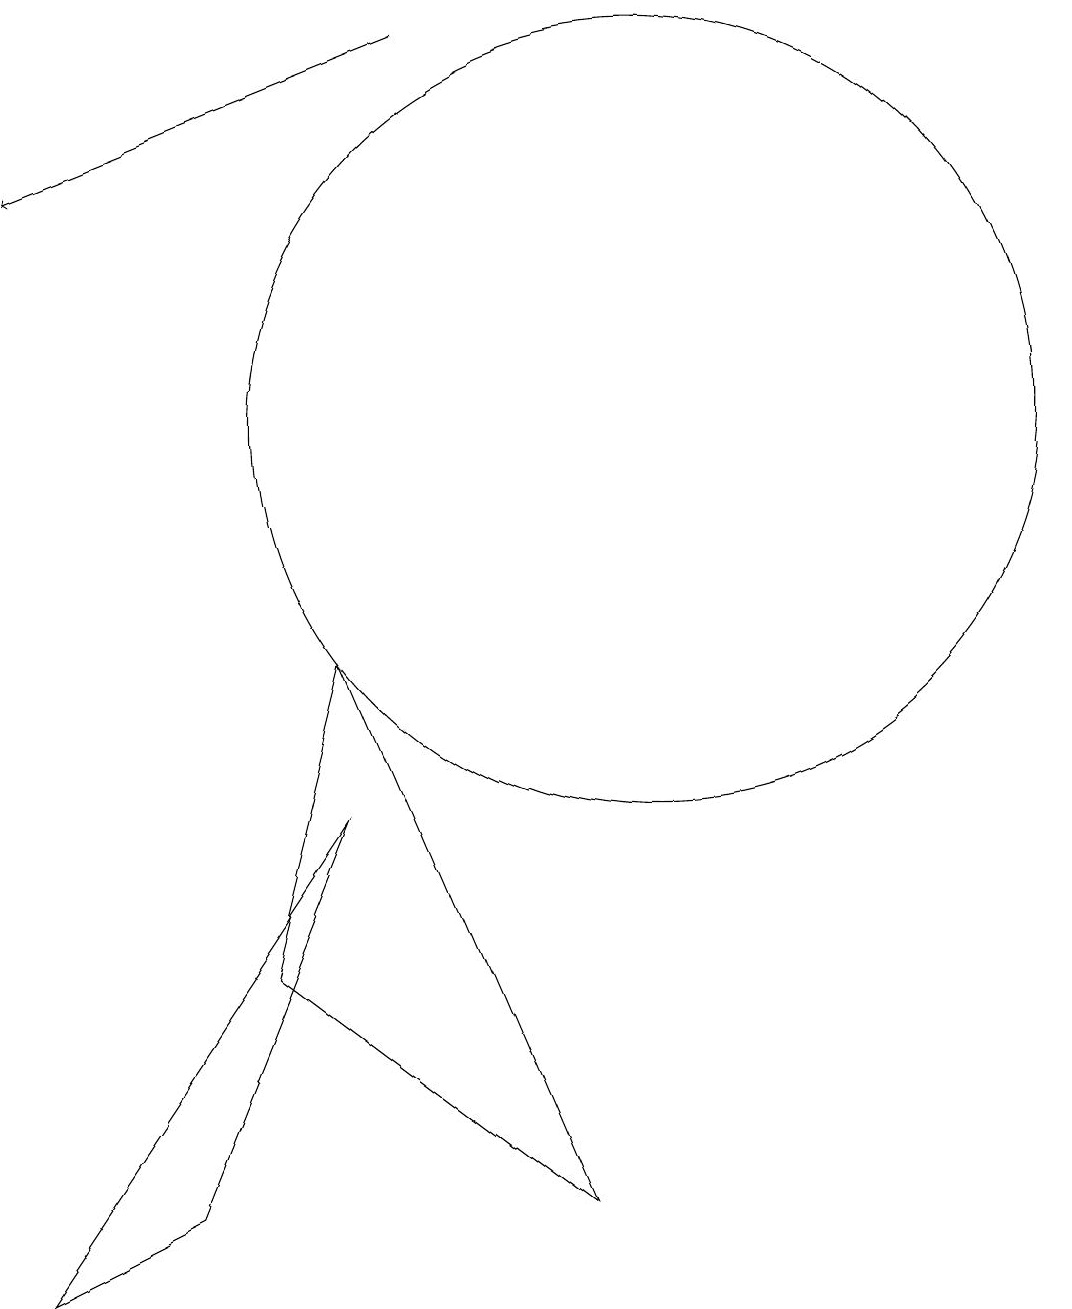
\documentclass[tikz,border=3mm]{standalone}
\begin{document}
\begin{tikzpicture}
\draw (9,1) -- (6,8) -- (5,4) -- cycle;
\draw (6,6) -- (4,1) -- (2,0) -- cycle;
\draw (12,11) circle (0);
\draw (10,11) circle (5);
\draw[->] (7,16) -- (2,14);
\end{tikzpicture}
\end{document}